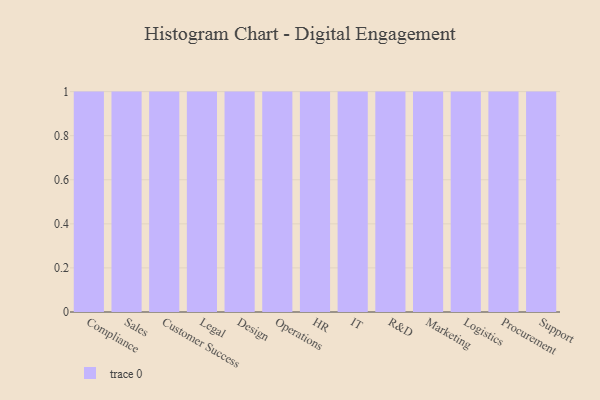
{"axis": {"x": "Department", "y": "Shipments"}, "legend": [""], "data": [{"x": "Compliance", "y": 69, "type": ""}, {"x": "Sales", "y": 52, "type": ""}, {"x": "Customer Success", "y": 34, "type": ""}, {"x": "Legal", "y": 81, "type": ""}, {"x": "Design", "y": 88, "type": ""}, {"x": "Operations", "y": 38, "type": ""}, {"x": "HR", "y": 86, "type": ""}, {"x": "IT", "y": 8, "type": ""}, {"x": "R&D", "y": 9, "type": ""}, {"x": "Marketing", "y": 34, "type": ""}, {"x": "Logistics", "y": 29, "type": ""}, {"x": "Procurement", "y": 10, "type": ""}, {"x": "Support", "y": 51, "type": ""}]}